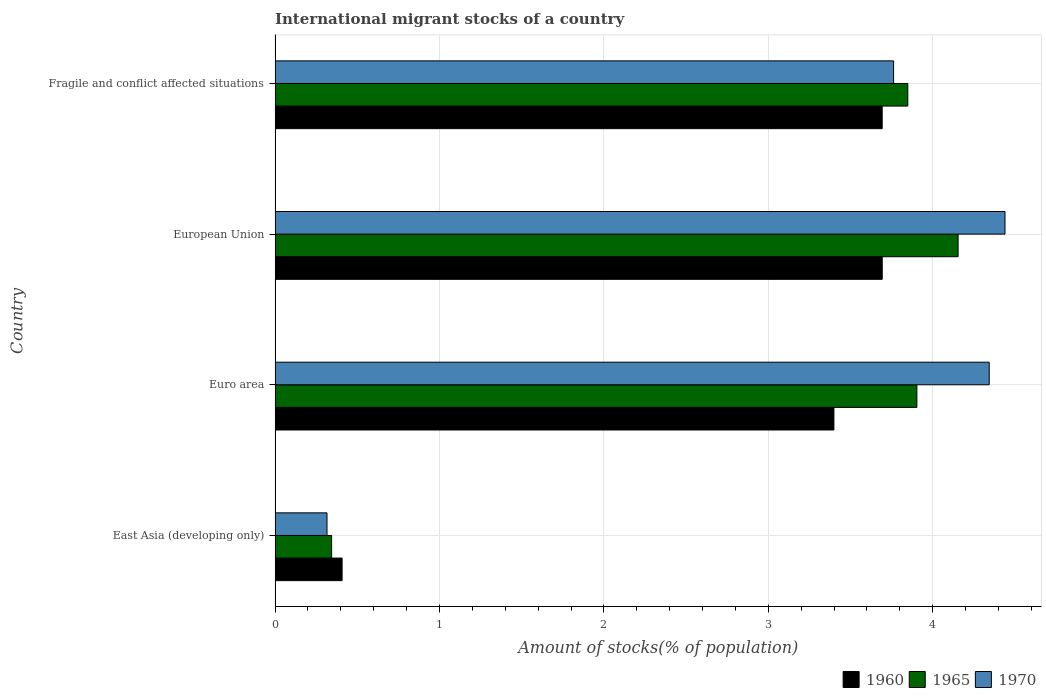
| Country | 1960 | 1965 | 1970 |
 | --- | --- | --- | --- |
 | East Asia (developing only) | 0.408 | 0.344 | 0.316 |
 | Euro area | 3.4 | 3.9 | 4.34 |
 | European Union | 3.69 | 4.15 | 4.44 |
 | Fragile and conflict affected situations | 3.69 | 3.85 | 3.76 |